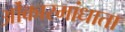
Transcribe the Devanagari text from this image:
ओंकारमांधाता